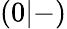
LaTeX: \left(0|-\right)